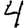
Digit: 4